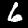
Label: 6